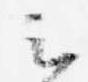
云